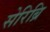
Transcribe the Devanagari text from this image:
सेरिब्रि